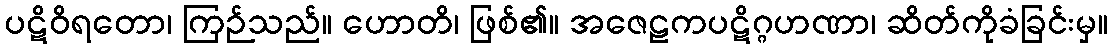
ပဋိဝိရတော၊ ကြဉ်သည်။ ဟောတိ၊ ဖြစ်၏။ အဇေဠကပဋိဂ္ဂဟဏာ၊ ဆိတ်ကိုခံခြင်းမှ။